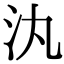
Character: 汍